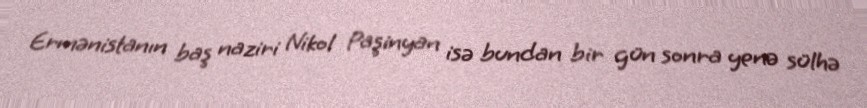
Ermənistanın baş naziri Nikol Paşinyan isə bundan bir gün sonra yenə sülhə